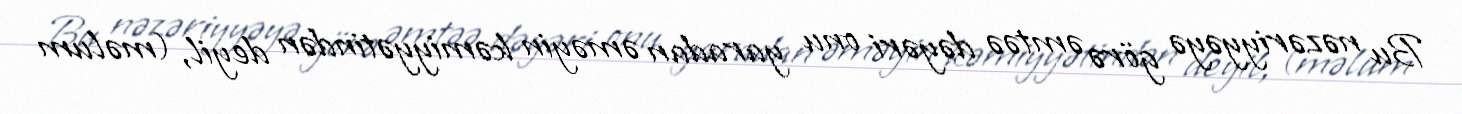
Bu nəzəriyyəyə görə əmtəə dəyəri onu yaradan əməyin kəmiyyətindən deyil, (məlum